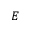
E